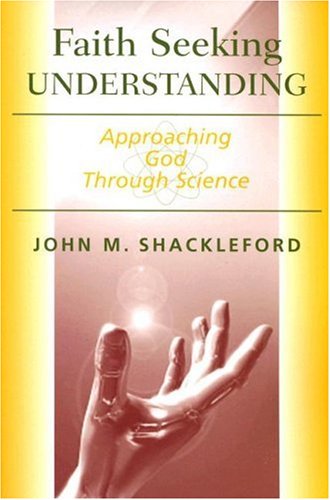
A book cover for Faith Seeking Understanding: Approaching God Through Science; John M. Shackleford; Religion & Spirituality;